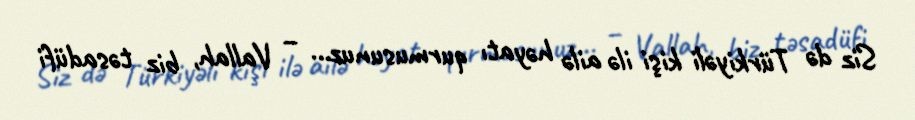
Siz də Türkiyəli kişi ilə ailə həyatı qurmusunuz... – Vallah, biz təsadüfi